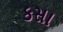
કસા